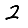
Digit: 2